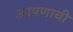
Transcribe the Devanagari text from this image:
आपणाची